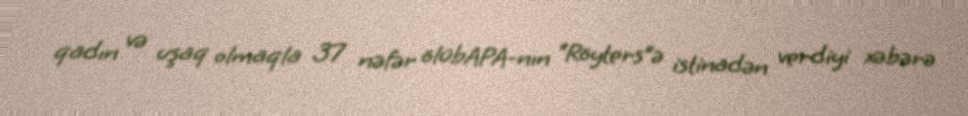
qadın və uşaq olmaqla 37 nəfər ölübAPA-nın “Röyters”ə istinadən verdiyi xəbərə